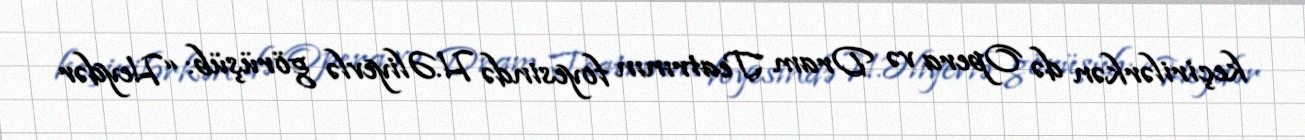
keçirilərkən də Opera və Dram Teatrının foyesində H.Əliyevlə görüşüb: “Heydər